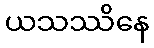
ယသဿိနေ